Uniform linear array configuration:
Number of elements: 24
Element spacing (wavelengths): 0.5
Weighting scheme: cosine
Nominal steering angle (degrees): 0
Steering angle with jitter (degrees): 0.005752
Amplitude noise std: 0.05
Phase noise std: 0.05

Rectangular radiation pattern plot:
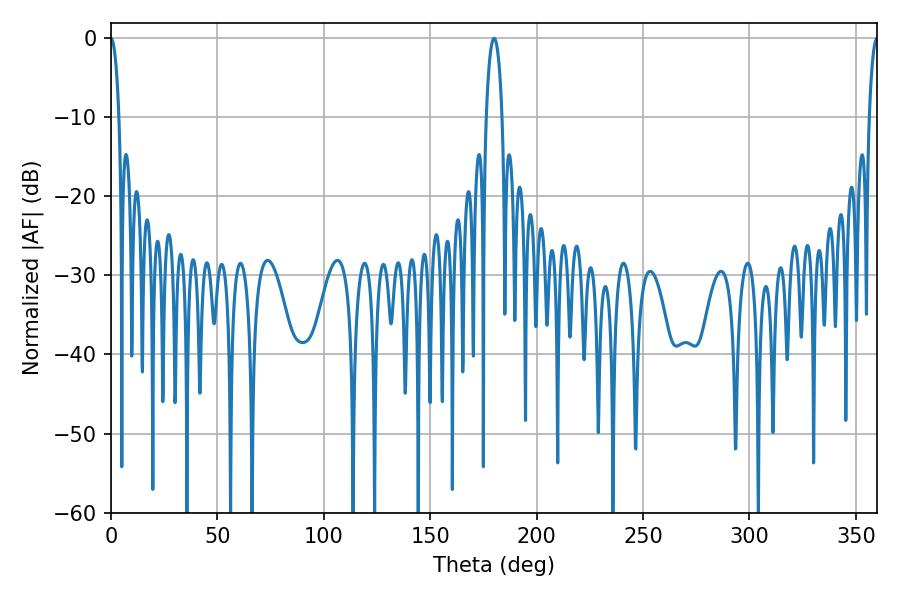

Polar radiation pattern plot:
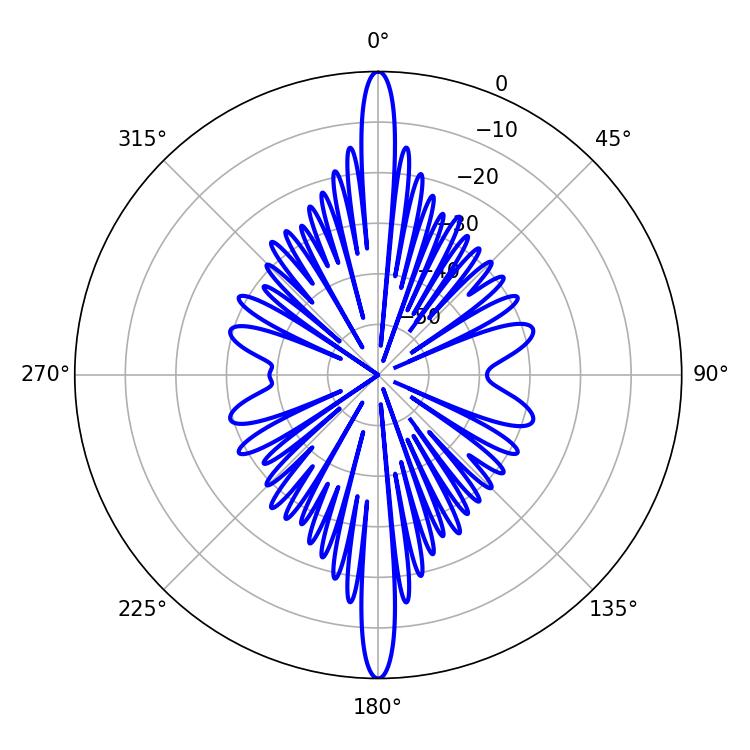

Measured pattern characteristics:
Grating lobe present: FALSE
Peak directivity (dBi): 43.824
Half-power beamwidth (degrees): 2.16
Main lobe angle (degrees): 360